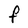
Character: F